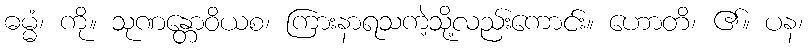
ဓမ္မံ၊ ကို။ သုဏန္တောဝိယစ၊ ကြားနာရသကဲ့သို့လည်းကောင်း။ ဟောတိ၊ ၏။ ပန၊